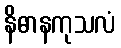
နိဓာနကုသလံ